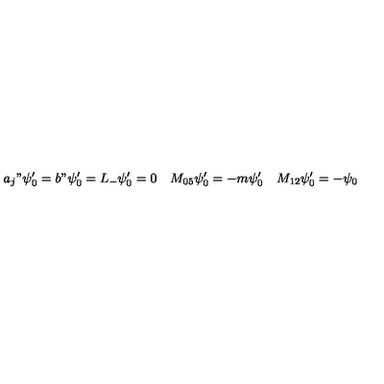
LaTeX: a _ { j } " \psi _ { 0 } ^ { \prime } = b " \psi _ { 0 } ^ { \prime } = L _ { - } \psi _ { 0 } ^ { \prime } = 0 \quad M _ { 0 5 } \psi _ { 0 } ^ { \prime } = - m \psi _ { 0 } ^ { \prime } \quad M _ { 1 2 } \psi _ { 0 } ^ { \prime } = - \psi _ { 0 }